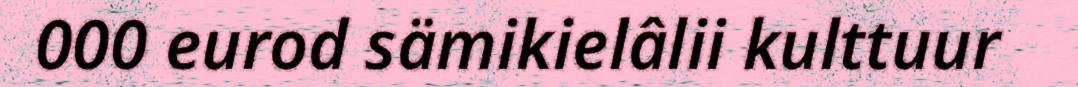
000 eurod sämikielâlii kulttuur